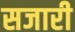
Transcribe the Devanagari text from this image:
सजारी